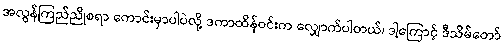
အလွန်ကြည်ညိုစရာ ကောင်းမှာပါပဲလို့ ဒကာထိန်ဝင်းက လျှောက်ပါတယ်၊ ဒါ့ကြောင့် ဒီသိမ်တော်